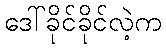
ဒေါ်ခိုင်ခိုင်လဲ့က